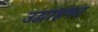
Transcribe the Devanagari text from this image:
उद्वाहका